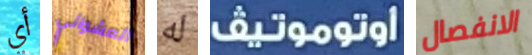
أي العشوائي له اوتوموتيف الانفصال